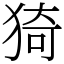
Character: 猗